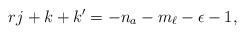
LaTeX: \begin{align*}rj+k+k'=-n_a-m_\ell-\epsilon -1,\end{align*}